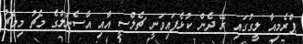
ޕްރެމިއާ ލީގުގައި ރޭ ދެން ކުޅެފައިވަނީ ޗެލްސީ އާއި އާސެނަލްގެ މެޗު މިމެޗު